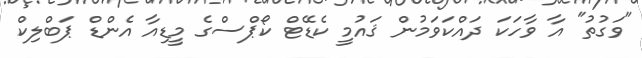
"ވަގުތު" އާ ވާހަކަ ދައްކަވަމުން ޤައުމީ ކެޑޭޓް ކޯޕްސްގެ މީޑިއާ އެންޑް ޕަބްލިކް